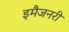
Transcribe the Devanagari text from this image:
इमैजनरी